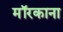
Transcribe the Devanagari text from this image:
मॉरकाना